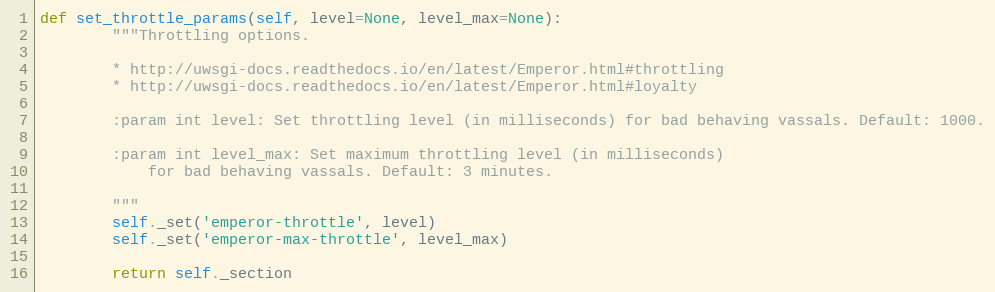
Language: Python
def set_throttle_params(self, level=None, level_max=None):
        """Throttling options.

        * http://uwsgi-docs.readthedocs.io/en/latest/Emperor.html#throttling
        * http://uwsgi-docs.readthedocs.io/en/latest/Emperor.html#loyalty

        :param int level: Set throttling level (in milliseconds) for bad behaving vassals. Default: 1000.

        :param int level_max: Set maximum throttling level (in milliseconds)
            for bad behaving vassals. Default: 3 minutes.

        """
        self._set('emperor-throttle', level)
        self._set('emperor-max-throttle', level_max)

        return self._section